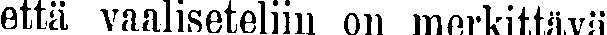
että vaaliseteliin on merkittävä